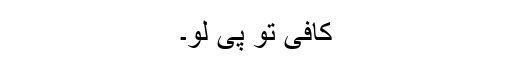
کافی تو پی لو۔